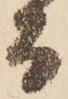
而